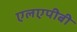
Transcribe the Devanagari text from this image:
एलएपीबी